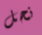
نحل